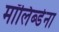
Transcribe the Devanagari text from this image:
मॉलिब्डेना